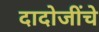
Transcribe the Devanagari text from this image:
दादोजींचे